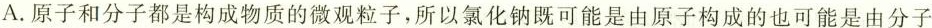
A.原子和分子都是构成物质的微观粒子，所以氯化钠既可能是由原子构成的也可能是由分子